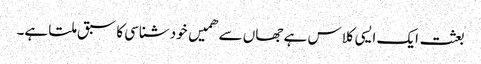
بعثت ایک ایسی کلاس ہے جھاں سے ھمیں خودشناسی کا سبق ملتا ہے۔